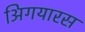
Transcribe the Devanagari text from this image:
अिगयारस